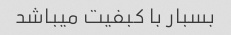
بسبار با کبفیت میباشد